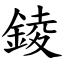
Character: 錂